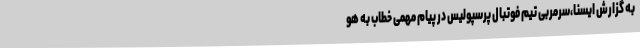
به گزارش ایسنا،سرمربی تیم فوتبال پرسپولیس در پیام مهمی خطاب به هو